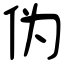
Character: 伪